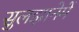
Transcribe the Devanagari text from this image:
सुलझानेमें